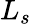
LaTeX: L_{s}